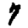
Digit: 7